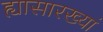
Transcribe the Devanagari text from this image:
ह्यासारख्यां